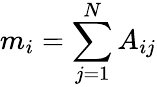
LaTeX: m_{i}=\sum_{j=1}^{N}A_{ij}